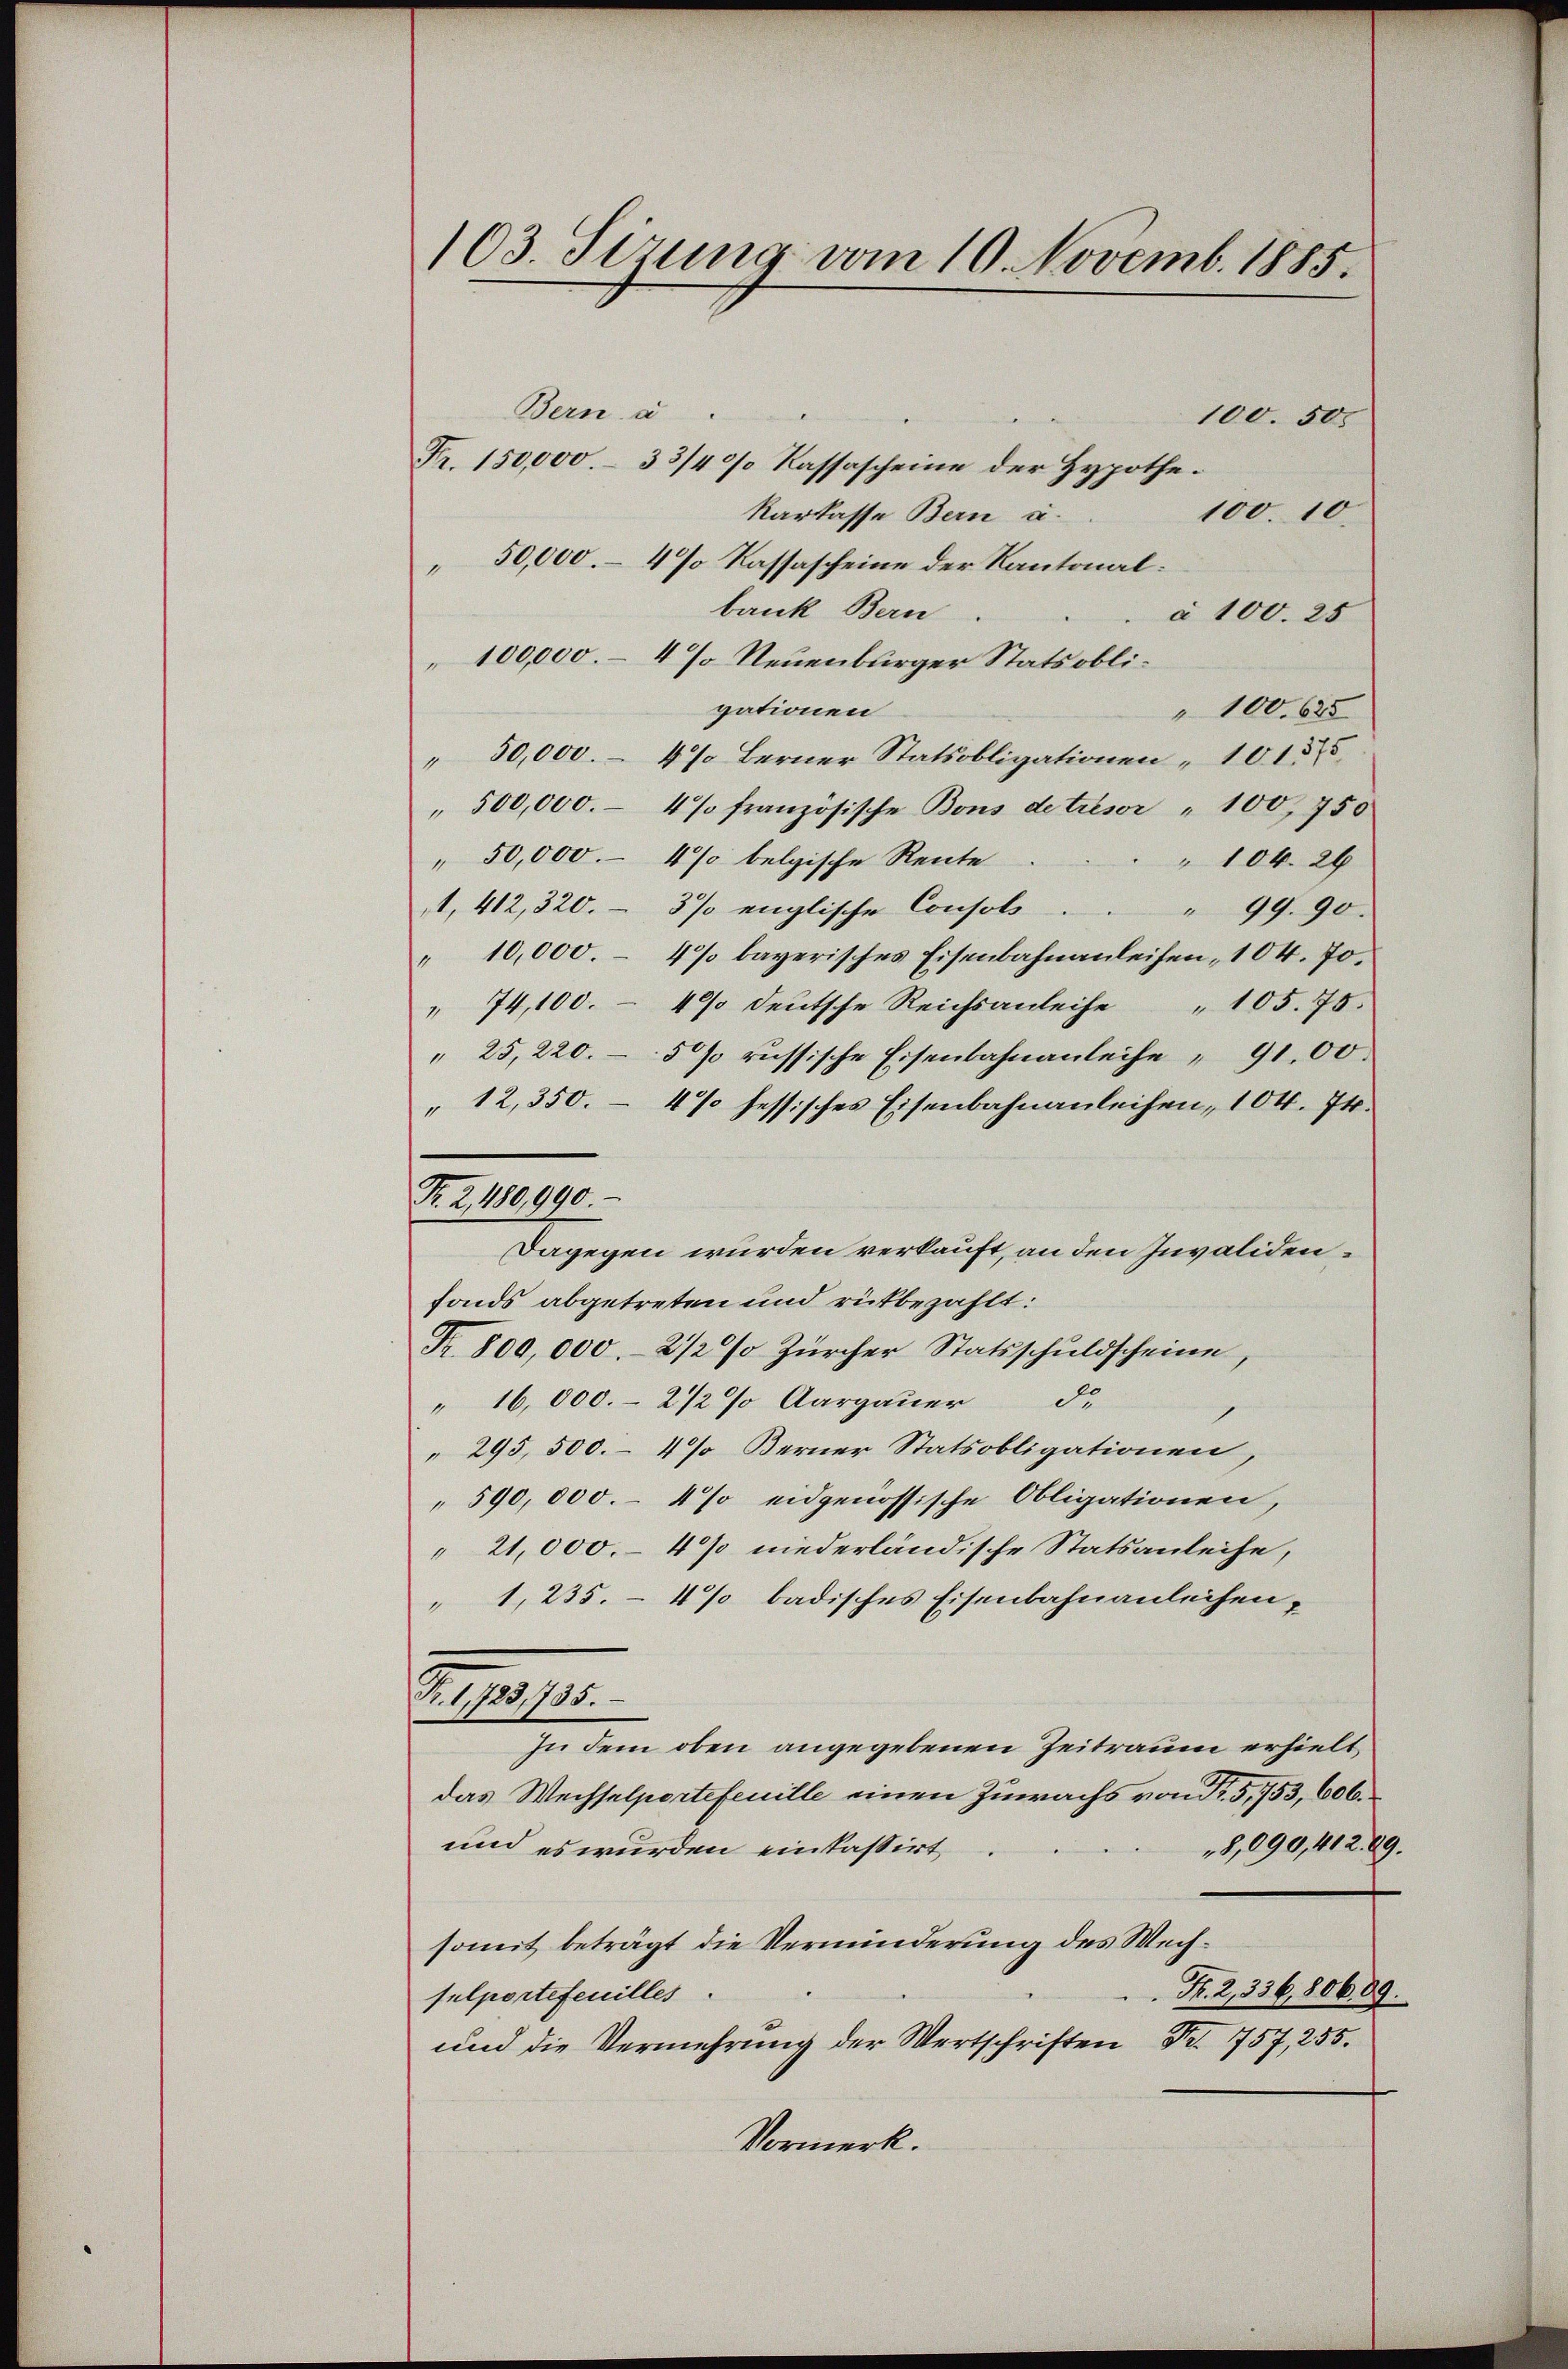
103. Sizung vom 10. Novemb. 1885.

Bern a
100. 500
Fr. 150,000.- 33/4% Kassascheine der Hypothe¬
100. 10.
karkasse Bern u.
50,000.- 4% Kassascheine der Kantonalbank Bern
à 100. 25
100,000.– 4 % Neuenburger Stats obligationen
" 100. 625
50,000.– 47 Berner Statsobligationen 10155
" 500,000.- 4% französische Bons detreser " 100, 750
" 50,000.- 4% belgische Rente
" 104. 26
1, 412, 320.- 3% englische Consols
" 99. 90.
" 10,000.- 4% bayerisches Eisenbahnanleihen, 104. 70.
" 74,100. - 40% deutsche Reichsanleihe " 105. 75.
" 25, 220. - 5 % russische Eisenbahnanleihe " 9100.
"12,350. – 4% hessisches Eisenbahnanleihen, 104. 74.
Dagegen wurden verkauft, an den Invalidenfonds abgetreten und rükbezahlt:
Nr. 800,000.- 2 1/2% Zürcher Statsschuldscheine,
" 16,000.- 2 1/2 % Aargauer d.
" 295, 500.- 4% Berner Statsobligationen,
590,000.- 4 % eidgenössische Obligationen,
21,000.- 4 % niederländische Statsanleihe,
1,235. – 4% badisches Eisenbahnanleihen,
Nr. 1723,1785.
In dem oben angegebenen Zeitraum erhielt,
das Wechselportefeuille einen Zuwachs von Fr. 5,753, 606.
und es wurden einkassirt
8,090, 412. 89.
somit beträgt die Verminderung des Wech¬
F. 2, 336, 806. 89.
sulportefeuilles.
und die Vermehrŭng der Wertschriften Nr. 757, 255.
Vormerk.

Fr. 2, 480,990.